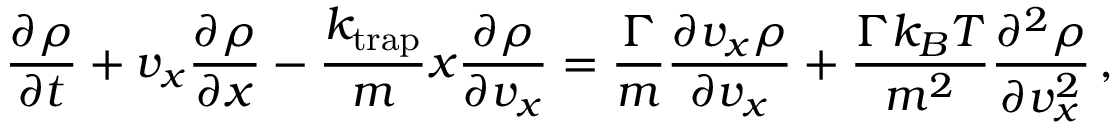
\frac { \partial \rho } { \partial t } + v _ { x } \frac { \partial \rho } { \partial x } - \frac { k _ { \mathrm { t r a p } } } { m } x \frac { \partial \rho } { \partial v _ { x } } = \frac { \Gamma } { m } \frac { \partial v _ { x } \rho } { \partial v _ { x } } + \frac { \Gamma k _ { B } T } { m ^ { 2 } } \frac { \partial ^ { 2 } \rho } { \partial v _ { x } ^ { 2 } } \, ,